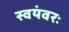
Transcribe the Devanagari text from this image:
स्वयंवरः